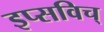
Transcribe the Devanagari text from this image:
इप्सविच्‌